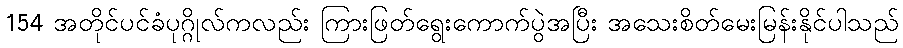
154 အတိုင်ပင်ခံပုဂ္ဂိုလ်ကလည်း ကြားဖြတ်ရွေးကောက်ပွဲအပြီး အသေးစိတ်မေးမြန်းနိုင်ပါသည်